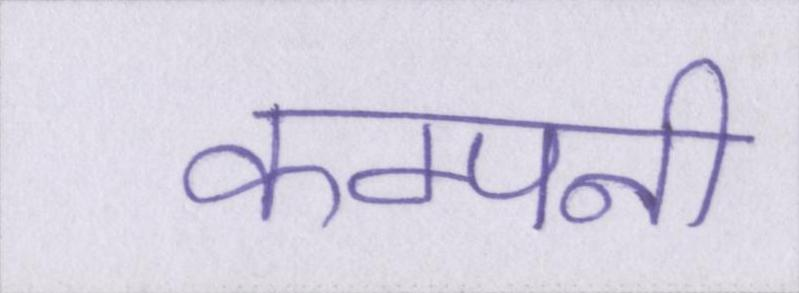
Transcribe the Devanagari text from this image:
कम्पनी